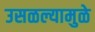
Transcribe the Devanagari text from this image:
उसळल्यामुळे